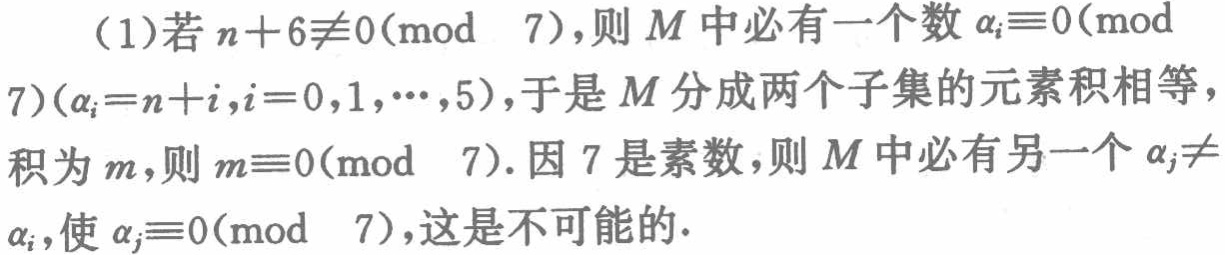
（1）若\(n + 6\not\equiv0(\bmod\ 7)\)，则\(M\)中必有一个数\(\alpha_{i}\equiv0(\bmod\ 7)(\alpha_{i}=n + i,i = 0,1,\cdots,5)\)，于是\(M\)分成两个子集的元素积相等，积为\(m\)，则\(m\equiv0(\bmod\ 7)\)。因\(7\)是素数，则\(M\)中必有另一个\(\alpha_{j}\neq\alpha_{i}\)，使\(\alpha_{j}\equiv0(\bmod\ 7)\)，这是不可能的。